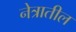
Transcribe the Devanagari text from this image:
नेत्रातील